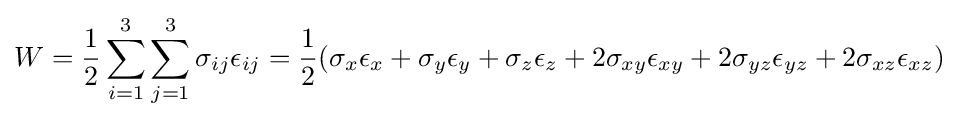
W={\frac {1}{2}}\sum _{i=1}^{3}\sum _{j=1}^{3}\sigma _{ij}\epsilon _{ij}={\frac {1}{2}}(\sigma _{x}\epsilon _{x}+\sigma _{y}\epsilon _{y}+\sigma _{z}\epsilon _{z}+2\sigma _{xy}\epsilon _{xy}+2\sigma _{yz}\epsilon _{yz}+2\sigma _{xz}\epsilon _{xz})